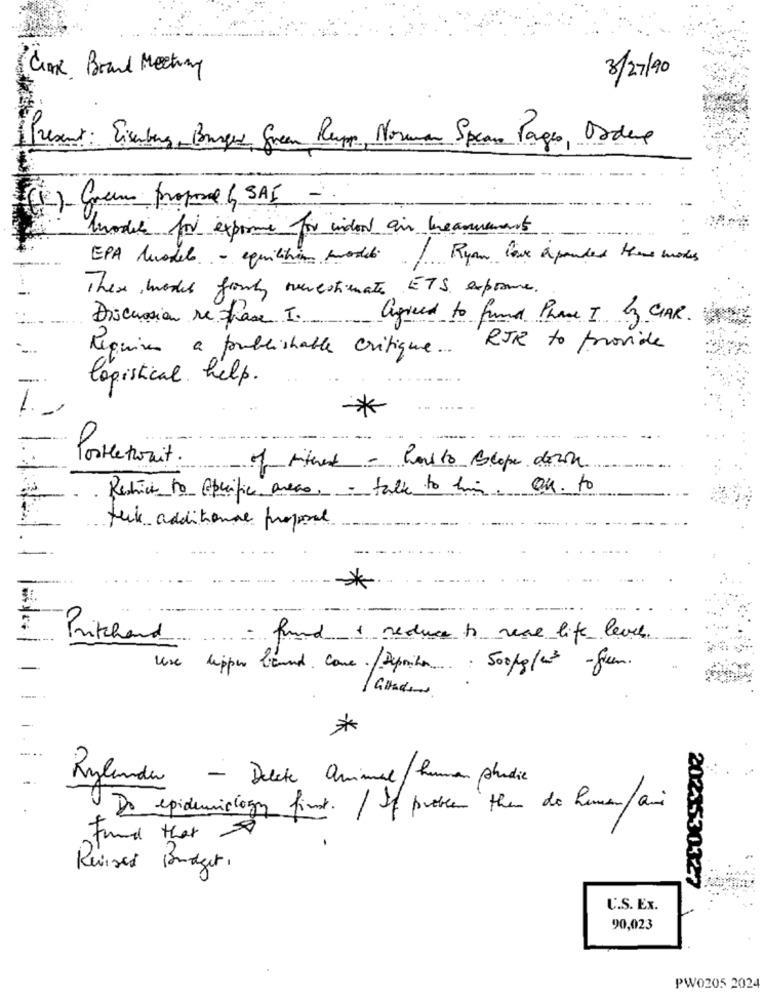
Clone Brand Meeting
3/27/90
Present: Eisenberg- Bruges Green Rup, Norman Splan Pages, Obdere
(1) Com propose & SAS
lundi for exprime for inden an breannemart
EPA Quodel - equilition model / Ryan love a pounded there modes
These , modes fronty overestimate ETS expone.
Discussion re chase I.
agreed to fund Phase I by CAR.
Requires a publishable critique ...
RJR to provide
logistical help.
1.
*
Portle toit .
of rithed - how to scope down
Restrict to specific areas, - talk to him. On. to
fuck additionne propose
.
*
Pritchard
fund & reduce to real life level
use
lipper bland . Come ./ Deprika .... . 500kg/22 - green.
*
Rylanda - Decke animal/human phudie
Do epidemiology first./ If problem the de human/ami
Found that
Revised Budget.
2021530327
U.S. Ex.
90,023
PW0205 2024